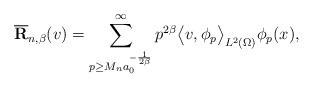
LaTeX: \begin{align*}{\bf \overline R}_{n,\beta}(v) = \sum_{p \ge M_n a_0^{-\frac{1}{2\beta} }}^\infty p^{2\beta} \big\langle v,\phi_p\big\rangle_{L^2(\Omega)} \phi_p(x),\end{align*}